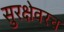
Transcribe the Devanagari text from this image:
सुरक्षेवरच